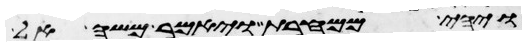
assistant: ויהי ממחרת ויאמר משה אל